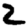
Digit: 2